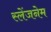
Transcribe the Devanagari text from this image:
स्लेंजनेम